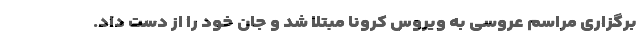
برگزاری مراسم عروسی به ویروس کرونا مبتلا شد و جان خود را از دست داد.